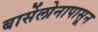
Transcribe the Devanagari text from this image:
बार्सेलोनापासून